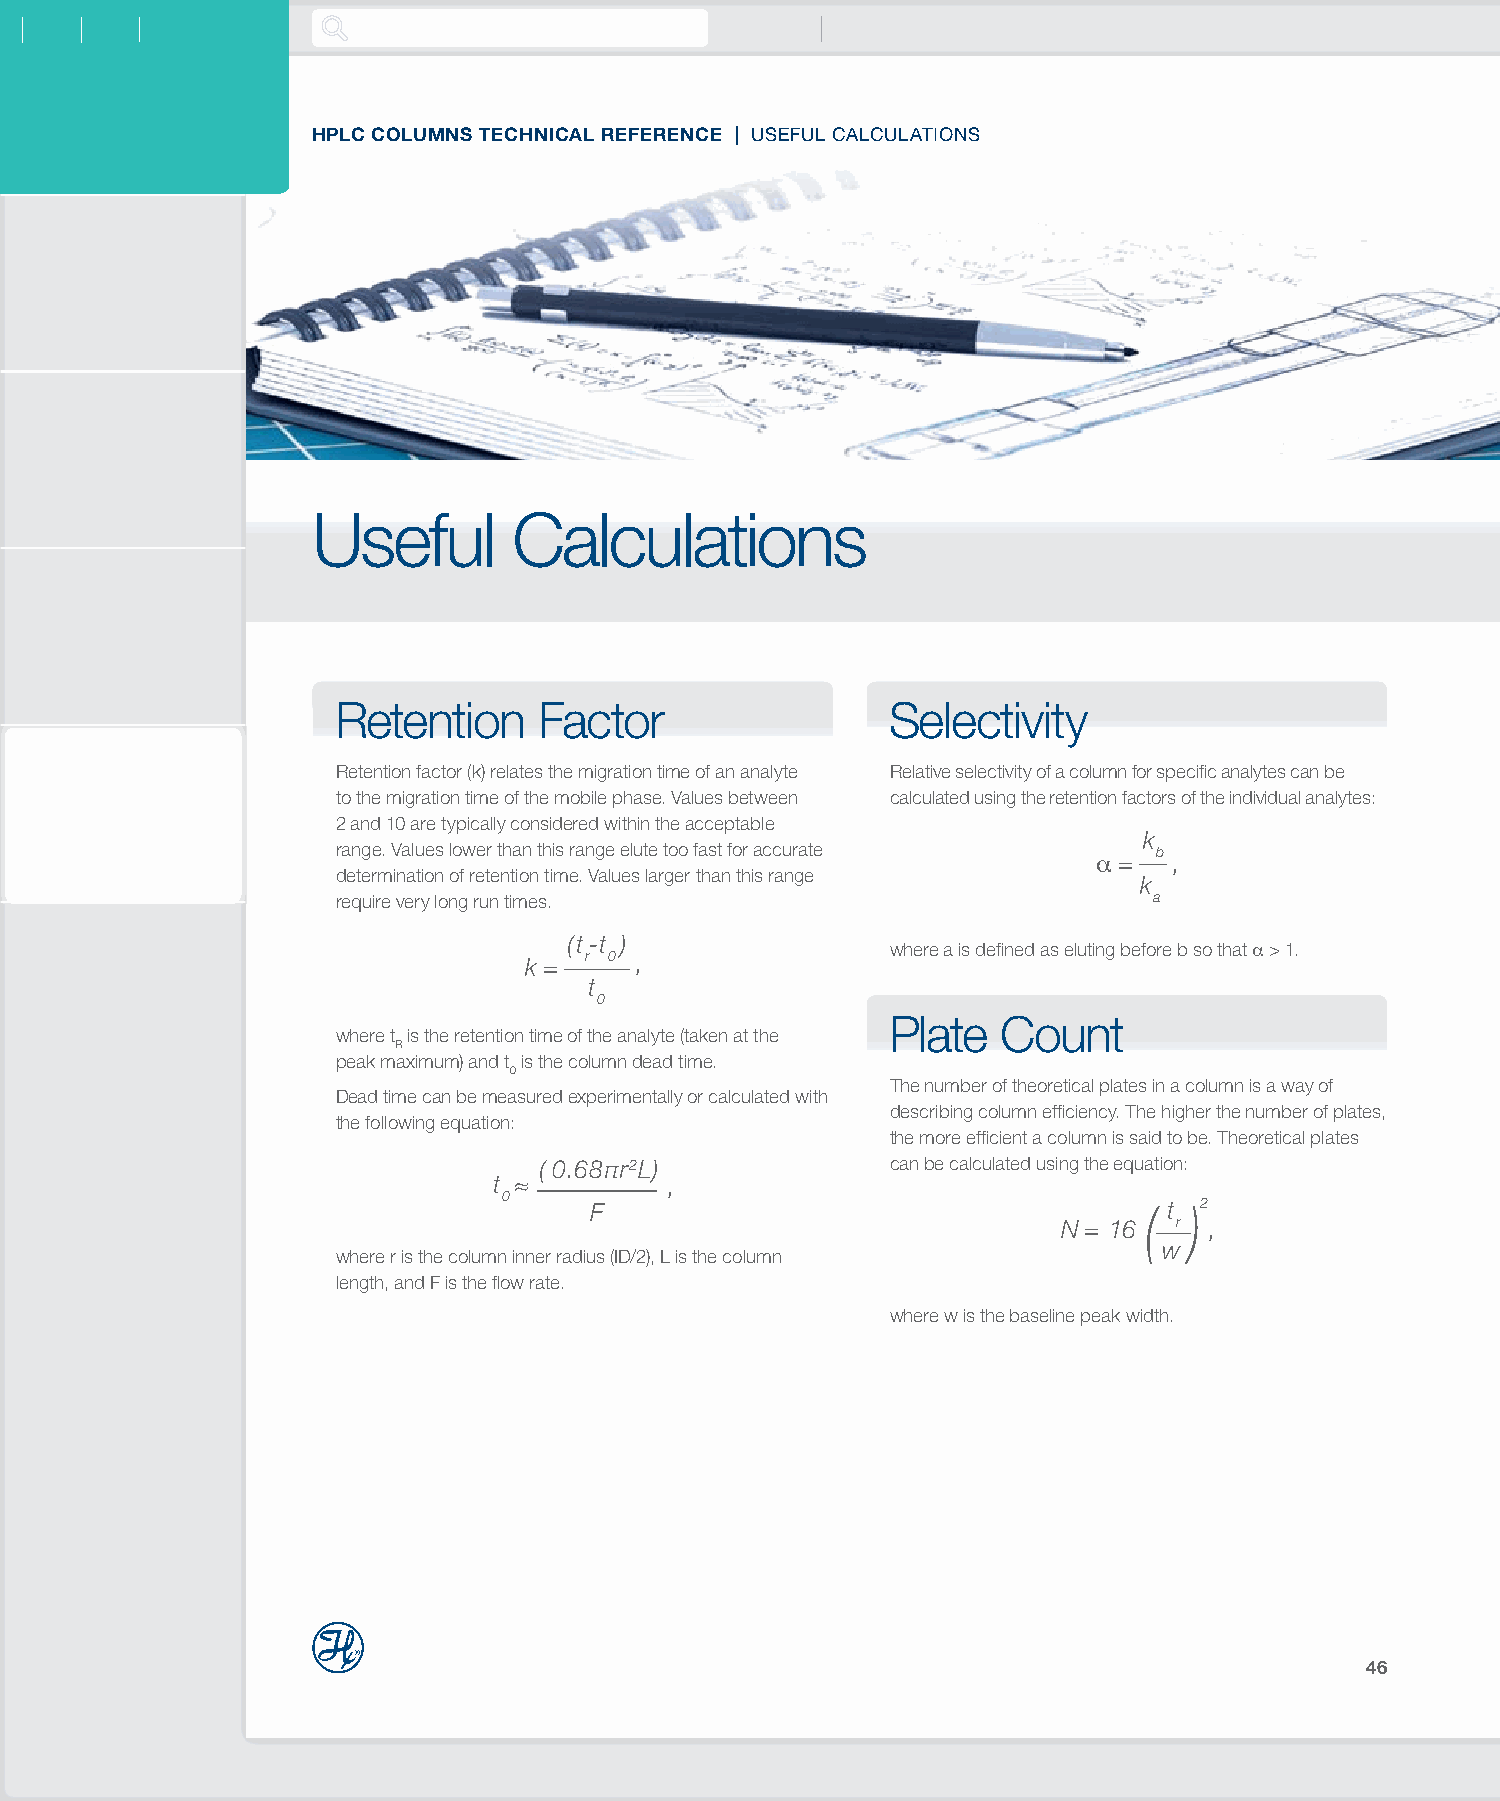
HPLC COLUMNS TECHNICAL REFERENCE | USEFUL CALCULATIONS
 Useful       Calculations
 Retention     Factor                 Selectivity
 Retention factor (k) relates the migration time of an analyte Relative selectivity of a column for specific analytes can be
 to the migration time of the mobile phase. Values between calculated using the retention factors of the individual analytes:
 2 and 10 are typically considered within the acceptable
 k
 range. Values lower than this range elute too fast for accurate b
 α=   ,
 determination of retention time. Values larger than this range
 k
 require very long run times.                          a
 (t-t )
 where a is defined as eluting before b so that α > 1.
 k=  r 0 ,
 t
 0
 Plate  Count
 where t is the retention time of the analyte (taken at the
 R
 peak maximum) and t is the column dead time.
 0
 The number of theoretical plates in a column is a way of
 Dead time can be measured experimentally or calculated with
 describing column efficiency. The higher the number of plates,
 the following equation:
 the more efficient a column is said to be. Theoretical plates
 (0.68πr2L)             can be calculated using the equation:
 t ≈        ,
 0
 F                                    ( t )2
 N= 16   r ,
 w
 where r is the column inner radius (ID/2), L is the column
 length, and F is the flow rate.
 where w is the baseline peak width.
 46